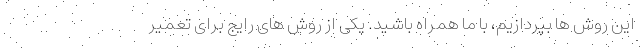
این روش ها بپردازیم، با ما همراه باشید. یکی از روش های رایج برای تعمیر